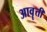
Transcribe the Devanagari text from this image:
आवॄत्ती